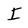
Character: I